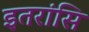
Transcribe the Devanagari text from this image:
इतरांसि